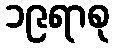
၁၉ရာစု